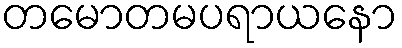
တမောတမပရာယနော